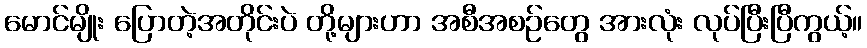
မောင်မျိုး ပြောတဲ့အတိုင်းပဲ တို့များဟာ အစီအစဉ်တွေ အားလုံး လုပ်ပြီးပြီကွယ့်။